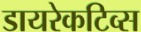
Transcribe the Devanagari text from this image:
डायरेकटिव्स